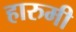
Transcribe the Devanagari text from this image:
हारुमी